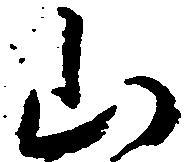
山